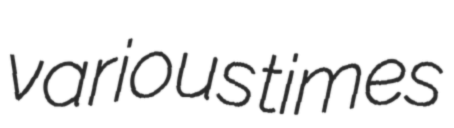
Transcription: various times